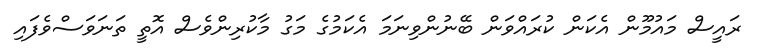
ރައީސް މައުމޫން އެކަން ކުރައްވަން ބޭނުންވިނަމަ އެކަމުގެ މަގު މާކުރިންވެސް އޮތީ ތަނަވަސްވެފައި